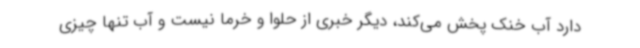
دارد آب خنک پخش می‌کند، دیگر خبری از حلوا و خرما نیست و آب تنها چیزی